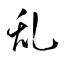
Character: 乱